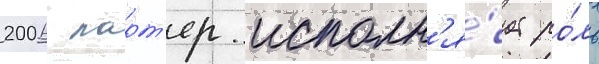
2006 ларт'ер исполн'я́ет ро́ль